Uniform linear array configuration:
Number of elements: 48
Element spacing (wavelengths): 0.5
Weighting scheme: uniform
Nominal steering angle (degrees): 0
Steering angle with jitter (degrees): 1.337
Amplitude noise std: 0.05
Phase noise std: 0.05

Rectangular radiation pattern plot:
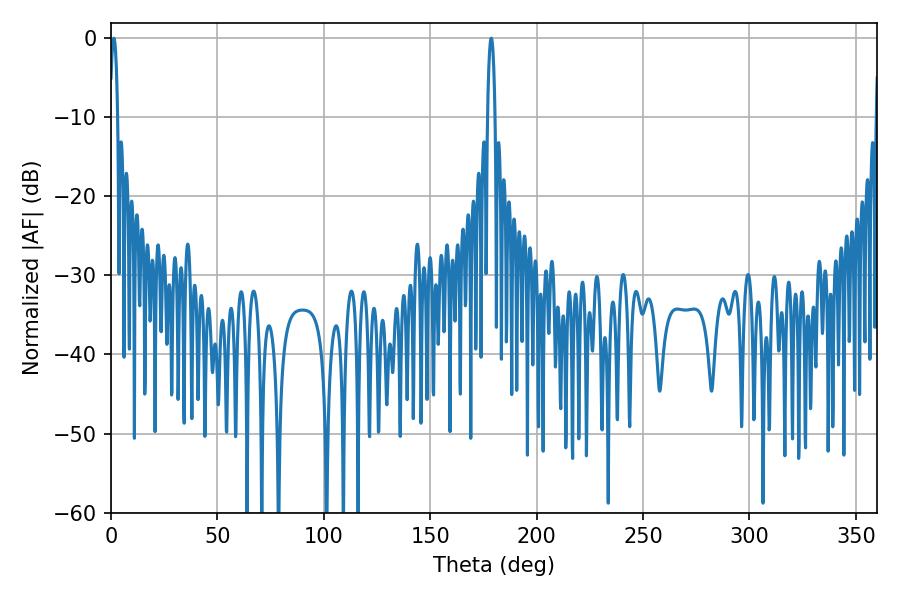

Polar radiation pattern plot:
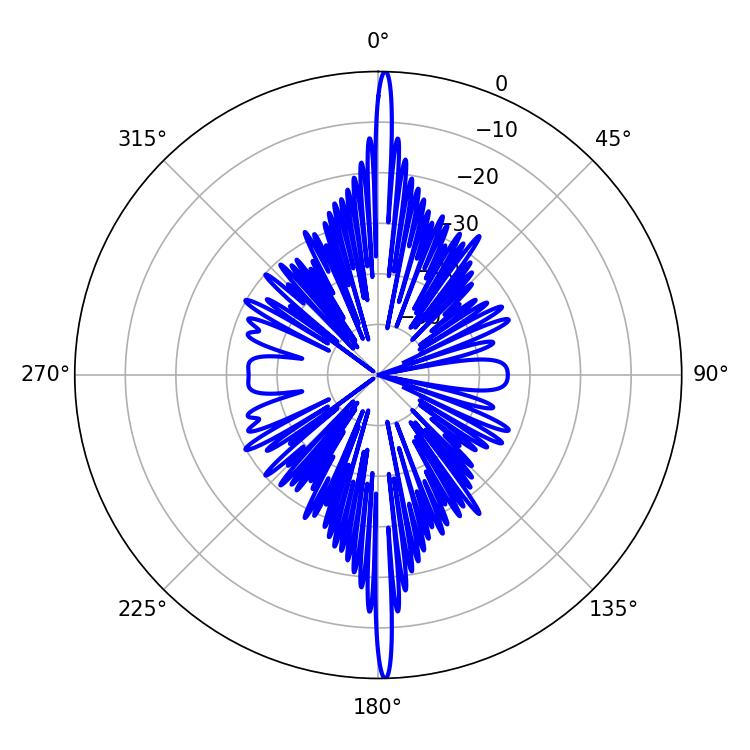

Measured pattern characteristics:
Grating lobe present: FALSE
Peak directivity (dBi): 30.233
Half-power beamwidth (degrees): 1.98
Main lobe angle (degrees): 178.74